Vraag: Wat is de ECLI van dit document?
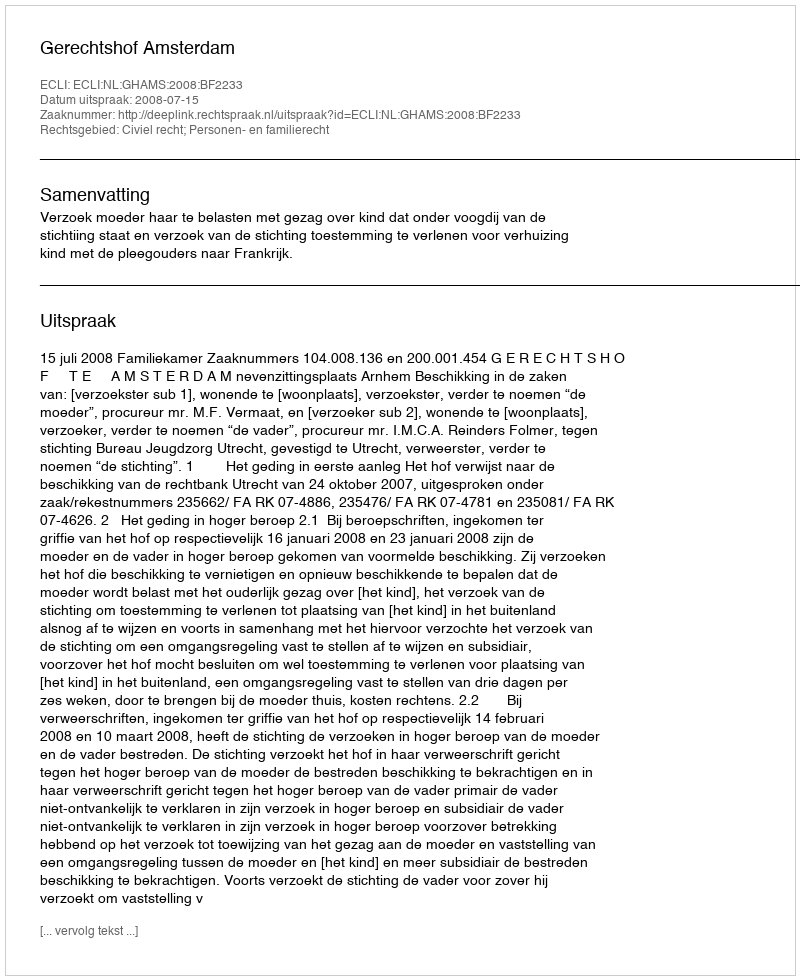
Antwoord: ECLI:NL:GHAMS:2008:BF2233